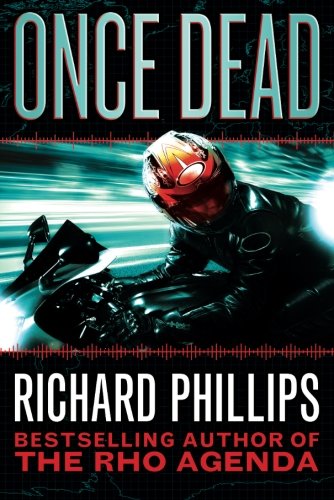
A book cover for Once Dead (The Rho Agenda Inception); Richard Phillips; Science Fiction & Fantasy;